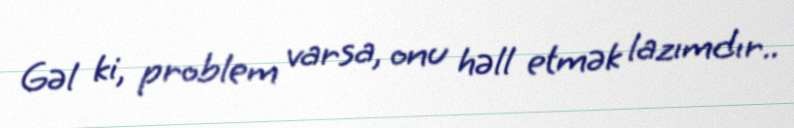
Gəl ki, problem varsa, onu həll etmək lazımdır..